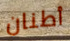
أطنان